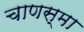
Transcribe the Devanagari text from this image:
चाणस्मा